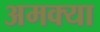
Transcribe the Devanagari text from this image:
अमक्या